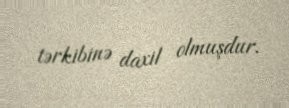
tərkibinə daxil olmuşdur.